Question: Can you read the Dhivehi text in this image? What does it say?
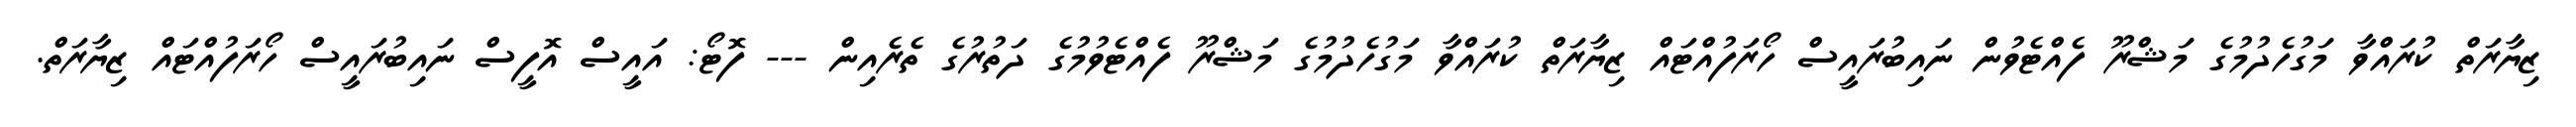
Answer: ޒިޔާރަތް ކުރައްވާ މަގުހެދުމުގެ މަޝްރޫ ފެއްޓެވުން ނައިބުރައީސް ހޯރަފުއްޓައް ޒިޔާރަތް ކުރައްވާ މަގުހެދުމުގެ މަޝްރޫ ފެއްޓެވުމުގެ ދަތުރުގެ ތެރެއިން --- ފޮޓޯ: އައީސް އޮފީސް ނައިބުރައީސް ހޯރަފުއްޓައް ޒިޔާރަތް.